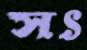
সৎ